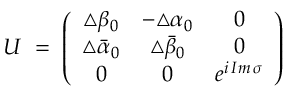
U \; = \; \left( \begin{array} { c c c } { { \triangle \beta _ { 0 } } } & { { - \triangle \alpha _ { 0 } } } & { { 0 } } \\ { { \triangle \bar { \alpha } _ { 0 } } } & { { \triangle \bar { \beta } _ { 0 } } } & { { 0 } } \\ { { 0 } } & { { 0 } } & { { e ^ { i \, I m \, \sigma } } } \end{array} \right)